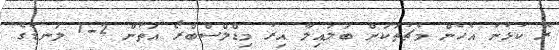
ރޭ ކުޅުނު އެހެން މެޗުތަކަށް ބަލައިލާ އިރު މިޑްލްސްބްރޯ އަތުން 2-1 ލަނޑުގެ